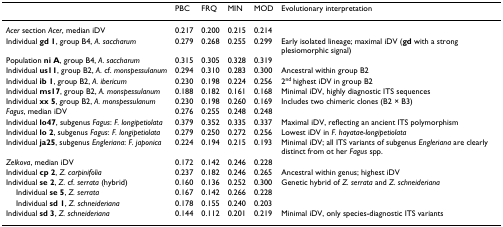
<table><thead><tr><td></td><td><b>PBC</b></td><td><b>FRQ</b></td><td><b>MIN</b></td><td><b>MOD</b></td><td><b>Evolutionary interpretation</b></td></tr></thead><tbody><tr><td><i>Acer </i>section <i>Acer</i>, median iDV</td><td>0.217</td><td>0.200</td><td>0.215</td><td>0.214</td><td></td></tr><tr><td>Individual <b>gd 1</b>, group B4, <i>A. saccharum</i></td><td>0.279</td><td>0.268</td><td>0.255</td><td>0.299</td><td>Early isolated lineage; maximal iDV (<b>gd </b>with a strong plesiomorphic signal)</td></tr><tr><td>Population <b>ni A</b>, group B4, <i>A. saccharum</i></td><td>0.315</td><td>0.305</td><td>0.328</td><td>0.319</td><td></td></tr><tr><td>Individual <b>us11</b>, group B2, <i>A</i>. cf. <i>monspessulanum</i></td><td>0.294</td><td>0.310</td><td>0.283</td><td>0.300</td><td>Ancestral within group B2</td></tr><tr><td>Individual <b>ib 1</b>, group B2, <i>A. ibericum</i></td><td>0.230</td><td>0.198</td><td>0.224</td><td>0.256</td><td>2<sup>nd </sup>highest iDV in group B2</td></tr><tr><td>Individual <b>ms17</b>, group B2, <i>A. monspessulanum</i></td><td>0.188</td><td>0.182</td><td>0.161</td><td>0.168</td><td>Minimal iDV, highly diagnostic ITS sequences</td></tr><tr><td>Individual <b>xx 5</b>, group B2, <i>A. monspessulanum</i></td><td>0.230</td><td>0.198</td><td>0.260</td><td>0.169</td><td>Includes two chimeric clones (B2 × B3)</td></tr><tr><td><i>Fagus</i>, median iDV</td><td>0.276</td><td>0.255</td><td>0.248</td><td>0.248</td><td></td></tr><tr><td>Individual <b>lo47</b>, subgenus <i>Fagus</i>: <i>F. longipetiolata</i></td><td>0.379</td><td>0.352</td><td>0.335</td><td>0.337</td><td>Maximal iDV, reflecting an ancient ITS polymorphism</td></tr><tr><td>Individual <b>lo 2</b>, subgenus <i>Fagus</i>: <i>F. longipetiolata</i></td><td>0.279</td><td>0.250</td><td>0.272</td><td>0.256</td><td>Lowest iDV in <i>F. hayatae-longipetiolata</i></td></tr><tr><td>Individual <b>ja25</b>, subgenus <i>Engleriana</i>: <i>F. japonica</i></td><td>0.224</td><td>0.194</td><td>0.215</td><td>0.193</td><td>Minimal iDV; all ITS variants of subgenus <i>Engleriana </i>are clearly distinct from ot her <i>Fagus </i>spp.</td></tr><tr><td><i>Zelkova</i>, median iDV</td><td>0.172</td><td>0.142</td><td>0.246</td><td>0.228</td><td></td></tr><tr><td>Individual <b>cp 2</b>, <i>Z. carpinifolia</i></td><td>0.237</td><td>0.182</td><td>0.246</td><td>0.265</td><td>Ancestral within genus; highest iDV</td></tr><tr><td>Individual <b>se 2</b>, <i>Z</i>. cf. <i>serrata </i>(hybrid)</td><td>0.160</td><td>0.136</td><td>0.252</td><td>0.300</td><td>Genetic hybrid of <i>Z. serrata </i>and <i>Z. schneideriana</i></td></tr><tr><td> Individual <b>se 5</b>, <i>Z. serrata</i></td><td>0.167</td><td>0.142</td><td>0.266</td><td>0.228</td><td></td></tr><tr><td> Individual <b>sd 1</b>, <i>Z. schneideriana</i></td><td>0.178</td><td>0.155</td><td>0.240</td><td>0.203</td><td></td></tr><tr><td>Individual <b>sd 3</b>, <i>Z. schneideriana</i></td><td>0.144</td><td>0.112</td><td>0.201</td><td>0.219</td><td>Minimal iDV, only species-diagnostic ITS variants</td></tr></tbody></table>